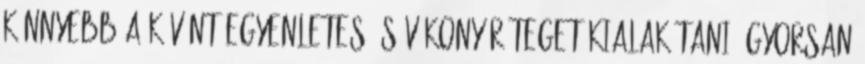
könnyebb a kívánt egyenletes és vékony réteget kialakítani, gyorsan